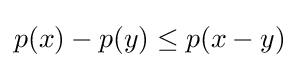
p(x)-p(y)\leq p(x-y)